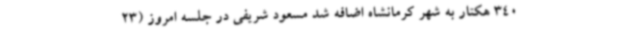
340 هکتار به شهر کرمانشاه اضافه شد مسعود شریفی در جلسه امروز (23